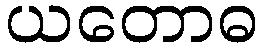
ယတောဓ